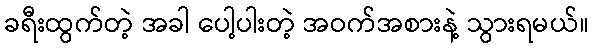
ခရီးထွက်တဲ့ အခါ ပေါ့ပါးတဲ့ အဝက်အစားနဲ့ သွားရမယ်။